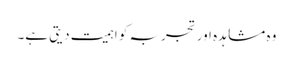
وہ مشاہدہ اور تجربہ کو اہمیت دیتی ہے۔